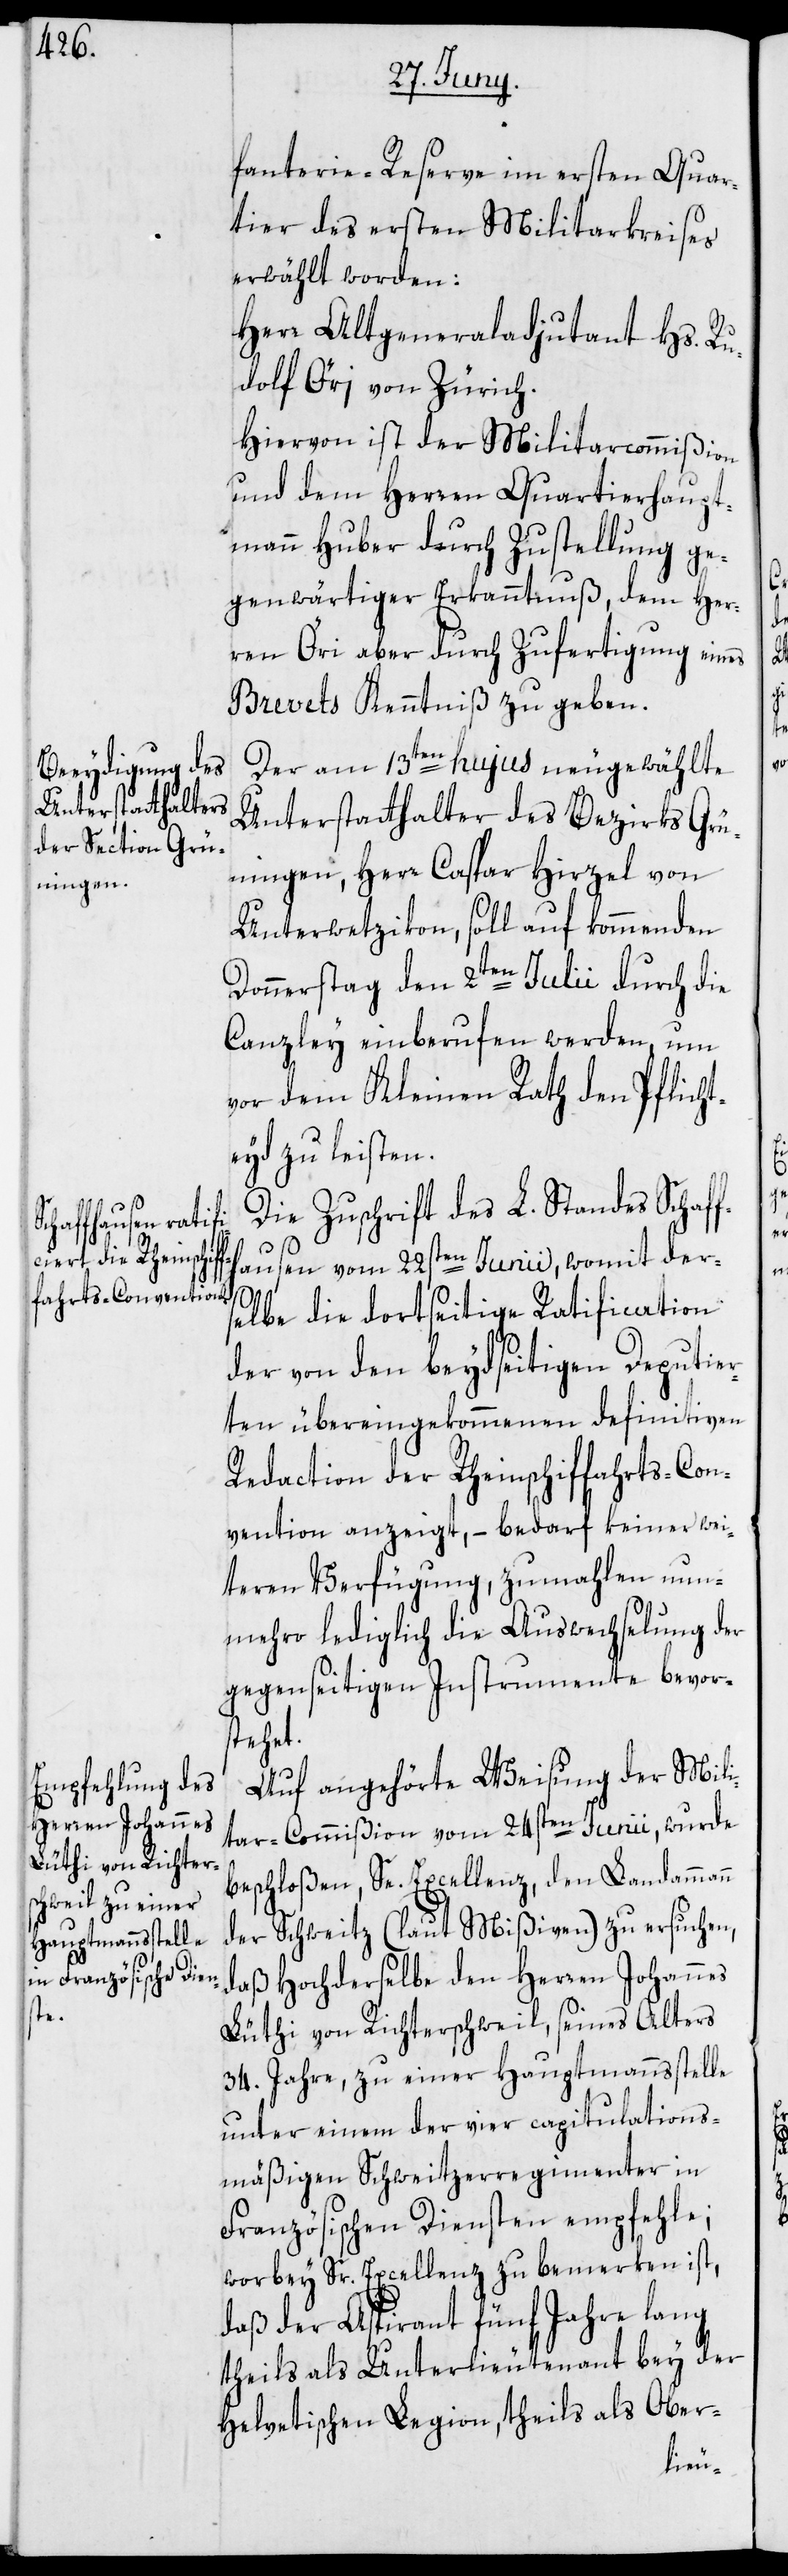
fanterie-Reserve im ersten Quar¬
tier des ersten Miltarkreises
erwählt worden:
Herr Altgeneraladjutant Hs. Ru¬
dolf Öri von Zürich.
Hiervon ist der Militarcommißion
und dem Herren Quartierhaupt¬
mann Huber durch Zustellung ge¬
genwärtiger Erkanntnuß, dem Her¬
ren Öri aber durch Zufertigung eines
Brevets Kenntniß zu geben.
Der am 13ten hujus neugewählte
Unterstatthalter des Bezirks Grü¬
ningen, Herr Caspar Hirzel von
Unterwetzikon, soll auf kommenden
Donnerstag den 2ten Julii durch die
Canzley einberufen werden, um
vor dem Kleinen Rath den Pflich¬
teyd zu leisten.
Die Zuschrift des L. Standes Schaff¬
hausen vom 22sten Junii, womit der¬
selbe die dortseitige Ratification
der von den beydseitigen Deputie¬
rten übereingekommenen definitiven
Redaction der Rheinschiffahrts-Con¬
vention anzeigt, – bedarf keiner wei¬
teren Verfügung, zumahlen nun¬
mehro lediglich die Auswechselung der
gegenseitigen Instrumente bevor¬
stehet.
Auf angehörte Weisung der Mili¬
tar-Commißion vom 24sten Junii, wurde
beschloßen, Se. Excellenz, den Landammann
der Schweitz (laut Mißiven) zu ersuchen,
daß Hochderselbe den Herren Johannes
Lüthi von Richterschweil, seines Alters
34. Jahre, zu einer Hauptmannsstelle
unter einem der vier capitulations¬
mäßigen Schweitzerregimenter in
Französischen Diensten empfehle;
worbey Sr. Excellenz zu bemerken ist,
daß der Aspirant fünf Jahre lang
theils als Unterlieutenant bey der
Helvetischen Legion, theils als Ober-